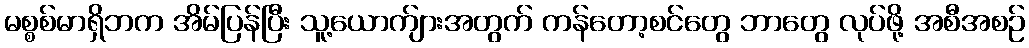
မစ္စစ်မာရှိဘက အိမ်ပြန်ပြီး သူ့ယောက်ျားအတွက် ကန်တော့စင်တွေ ဘာတွေ လုပ်ဖို့ အစီအစဉ်